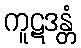
ကူဋဒန္တံ